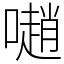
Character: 𡁻